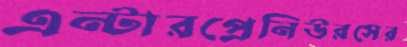
এন্টারপ্রেনিউরসের